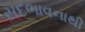
સદભાવનાથી